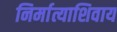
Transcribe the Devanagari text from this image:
निर्मात्याशिवाय